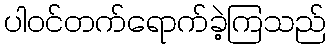
ပါဝင်တက်ရောက်ခဲ့ကြသည်